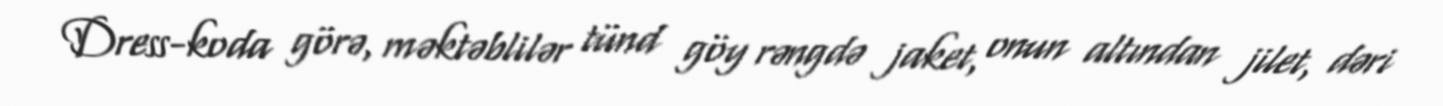
Dress-koda görə, məktəblilər tünd göy rəngdə jaket, onun altından jilet, dəri